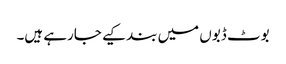
بوٹ ڈبوں میں بند کیے جارہے ہیں۔